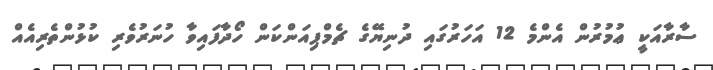
ސާރާއަކީ ޢުމުރުން އެންމެ 12 އަހަރުގައި ދުނިޔޭގެ ޗެމްޕިއަންކަން ހޯދާފައިވާ ހުނަރުވެރި ކުޅުންތެރިއެއް